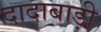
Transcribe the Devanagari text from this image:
दादाबाड़ी